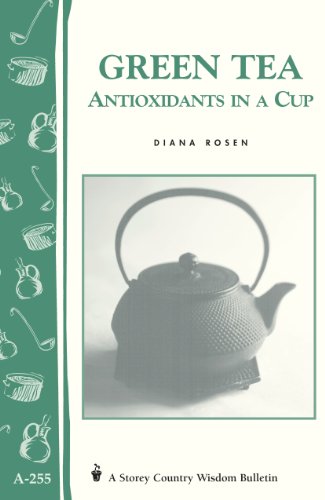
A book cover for Green Tea: Antioxidants in a Cup: Storey's Country Wisdom Bulletin A-255 (Storey Country Wisdom Bulletin); Diana Rosen; Health, Fitness & Dieting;